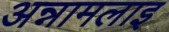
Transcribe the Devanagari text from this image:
अन्नामलाइ